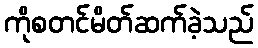
ကိုစတင်မိတ်ဆက်ခဲ့သည်